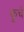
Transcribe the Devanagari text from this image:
कूचें